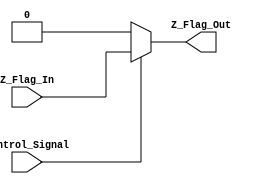
`timescale 1ns / 1ps

module Z_Flag(
	 input [0:0] Z_Flag_In,
    output reg [0:0] Z_Flag_Out,
    input [0:0] Control_Signal
    );

		always @(*) begin
				if(Control_Signal)
					begin
						Z_Flag_Out<=Z_Flag_In;
					end
				else
				begin
					 Z_Flag_Out<=1'b0;
				end
				
			end
endmodule